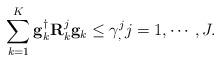
LaTeX: \begin{align*}\sum_{k=1}^{K}\mathbf{g}_k^{\dagger}\mathbf{R}^j_{k}\mathbf{g}_k\leq\gamma^j_, j=1,\cdots,J.\end{align*}